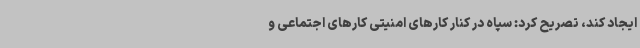
ایجاد کند، تصریح کرد: سپاه در کنار کارهای امنیتی کارهای اجتماعی و